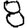
Digit: 8